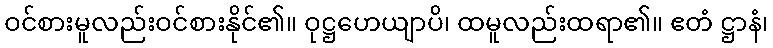
ဝင်စားမူလည်းဝင်စားနိုင်၏။ ဝုဋ္ဌဟေယျာပိ၊ ထမူလည်းထရာ၏။ ဧတံ ဋ္ဌာနံ၊